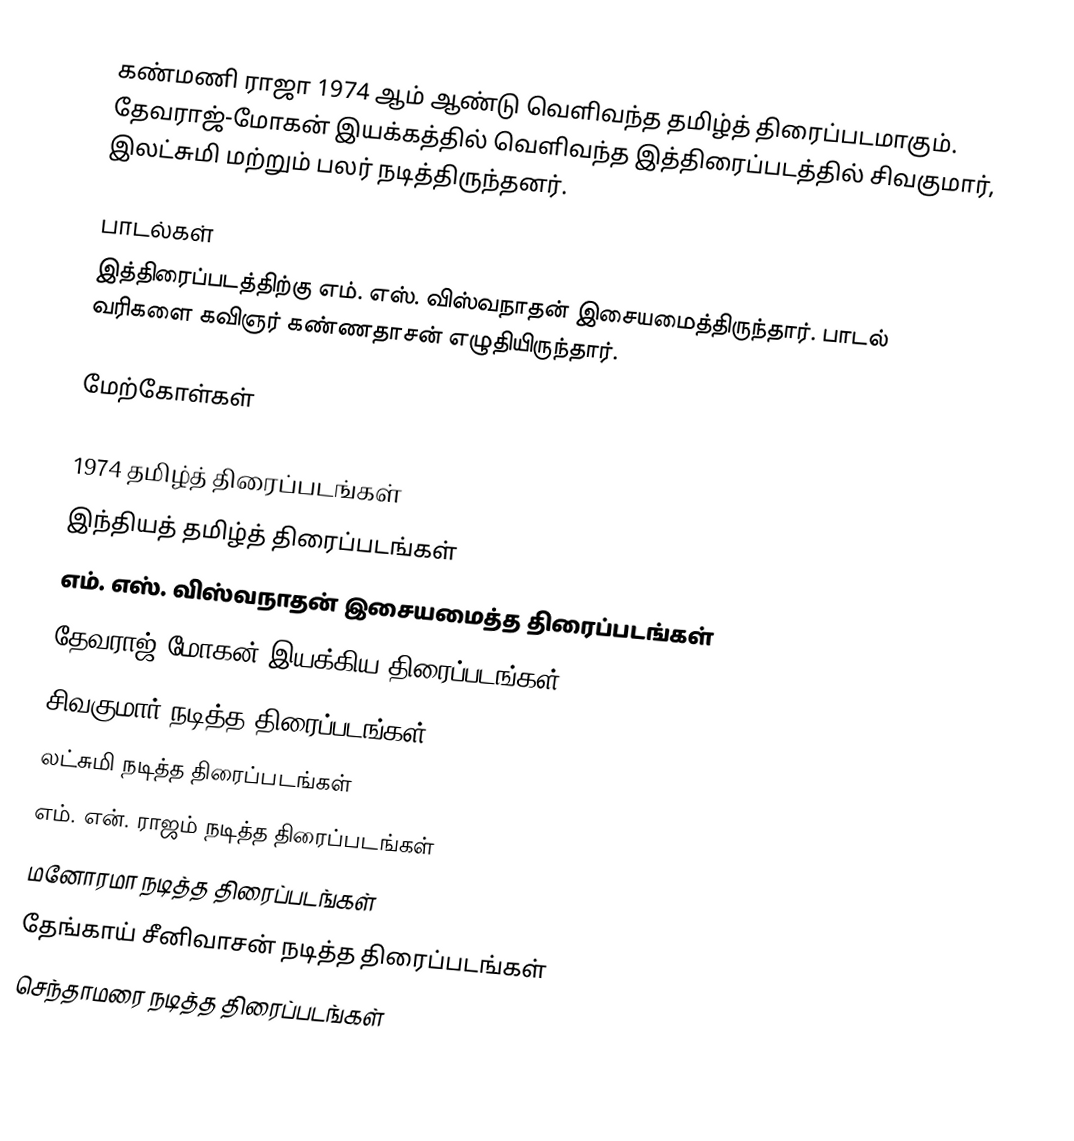
கண்மணி ராஜா 1974 ஆம் ஆண்டு வெளிவந்த தமிழ்த் திரைப்படமாகும். தேவராஜ்-மோகன் இயக்கத்தில் வெளிவந்த இத்திரைப்படத்தில் சிவகுமார், இலட்சுமி மற்றும் பலர் நடித்திருந்தனர்.

பாடல்கள்
இத்திரைப்படத்திற்கு எம். எஸ். விஸ்வநாதன் இசையமைத்திருந்தார். பாடல் வரிகளை கவிஞர் கண்ணதாசன் எழுதியிருந்தார்.

மேற்கோள்கள்

1974 தமிழ்த் திரைப்படங்கள்
இந்தியத் தமிழ்த் திரைப்படங்கள்
எம். எஸ். விஸ்வநாதன் இசையமைத்த திரைப்படங்கள்
தேவராஜ்-மோகன் இயக்கிய திரைப்படங்கள்
சிவகுமார் நடித்த திரைப்படங்கள்
லட்சுமி நடித்த திரைப்படங்கள்
எம். என். ராஜம் நடித்த திரைப்படங்கள்
மனோரமா நடித்த திரைப்படங்கள்
தேங்காய் சீனிவாசன் நடித்த திரைப்படங்கள்
செந்தாமரை நடித்த திரைப்படங்கள்